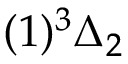
( 1 ) ^ { 3 } \Delta _ { 2 }